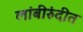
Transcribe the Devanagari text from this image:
लांबीरुंदीत